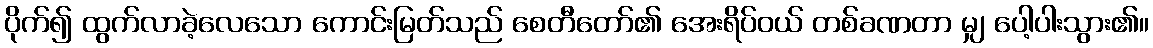
ပိုက်၍ ထွက်လာခဲ့လေသော ကောင်းမြတ်သည် စေတီတော်၏ အေးရိပ်ဝယ် တစ်ခဏတာ မျှ ပေါ့ပါးသွား၏။